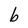
Character: b